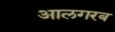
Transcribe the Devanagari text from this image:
आलगरब